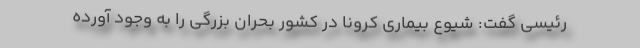
رئیسی گفت: شیوع بیماری کرونا در کشور بحران بزرگی را به وجود آورده